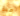
عدة